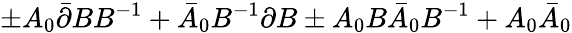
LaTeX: \pm A_{0}\bar{\partial}BB^{-1}+\bar{A}_{0}B^{-1}\partial B\pm A_{0}B\bar{A}_{0}B^{-1}+A_{0}\bar{A}_{0}